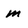
Character: m